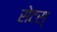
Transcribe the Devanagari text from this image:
सेटस्